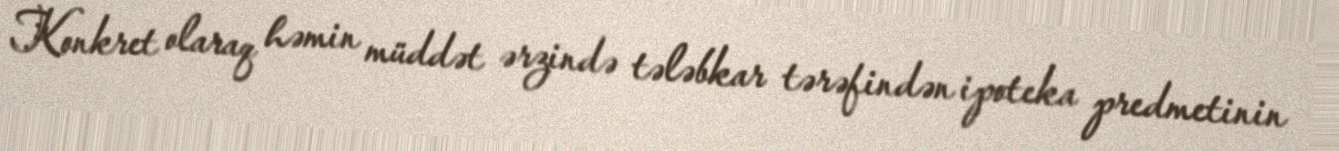
Konkret olaraq həmin müddət ərzində tələbkar tərəfindən ipoteka predmetinin